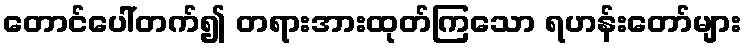
တောင်ပေါ်တက်၍ တရားအားထုတ်ကြသော ရဟန်းတော်များ